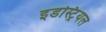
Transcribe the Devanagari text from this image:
इडस्ट्रियल